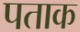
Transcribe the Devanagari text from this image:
पताक